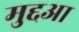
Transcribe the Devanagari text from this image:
मुद्दआ